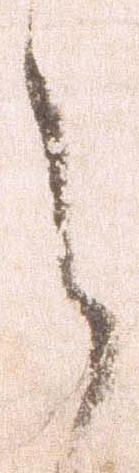
之